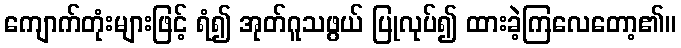
ကျောက်တုံးများဖြင့် ရံ၍ အုတ်ဂူသဖွယ် ပြုလုပ်၍ ထားခဲ့ကြလေတော့၏။